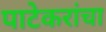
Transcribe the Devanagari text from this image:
पाटेकरांचा